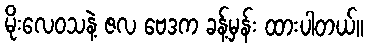
မိုးလေဝသနဲ့ ဇလ ဗေဒက ခန့်မှန်း ထားပါတယ်။